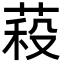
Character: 𮏷